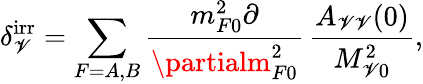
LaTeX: \delta_{\mathscr{V}}^{\mathrm{{irr}}}=\sum_{F=A,B}\frac{{m_{F0}^{2}\partial}}{{\partialm_{F0}^{2}}}\, \frac{{A_{\mathscr{V}\mathscr{V}}(0)}}{{M_{\mathscr{V}0}^{2}}},